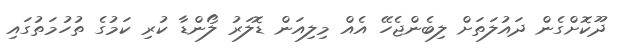
ދޫކޮށްގެން ދައުލަތަށް ލިބެންޖެހޭ އެއް މިލިއަން ޑޮލަރު ލޯންޑާ ކުރި ކަމުގެ ތުހުމަތުގައި